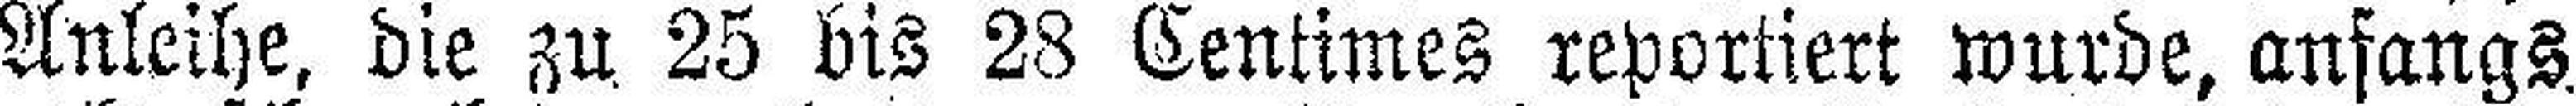
Anleihe, die zu 25 bis 28 Centimes reportiert wurde, anfangs